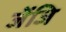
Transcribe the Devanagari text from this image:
जेंजि